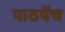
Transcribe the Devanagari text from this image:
पाठपेंच